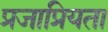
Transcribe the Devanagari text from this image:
प्रजाप्रियता